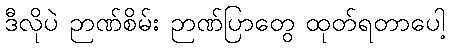
ဒီလိုပဲ ဉာဏ်စိမ်း ဉာဏ်ပြာတွေ ထုတ်ရတာပေါ့